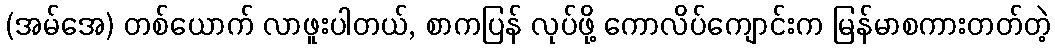
(အမ်အေ) တစ်ယောက် လာဖူးပါတယ်, စာကပြန် လုပ်ဖို့ ကောလိပ်ကျောင်းက မြန်မာစကားတတ်တဲ့